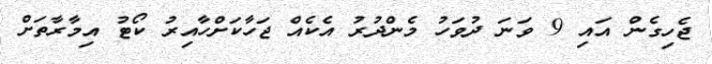
ޖެހިގެން އައި 9 ވަނަ ދުވަހު މެންދުރު އެކެއް ޖަހާކަށްހާއިރު ކޯޓު އިމާރާތަށް